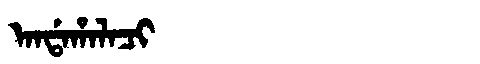
Manchu: ᠠᠨᡩᠠᡥᠠᠯᠠᠴᡳ
Romanization: ANDAHALACI